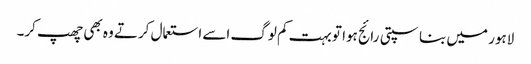
لاہور میں بناسپتی رائج ہوا تو بہت کم لوگ اسے استعمال کرتے وہ بھی چھپ کر۔